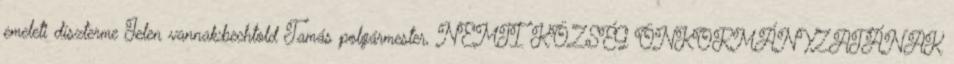
emeleti díszterme Jelen vannak:bechtold Tamás polgármester, NEMTI KÖZSÉG ÖNKORMÁNYZATÁNAK